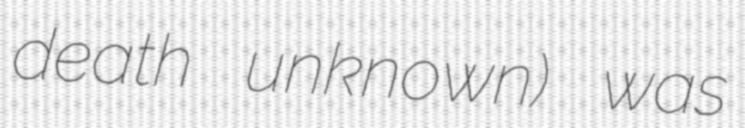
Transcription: death unknown) was